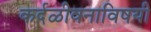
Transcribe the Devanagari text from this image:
कर्दळीवनाविषयी